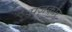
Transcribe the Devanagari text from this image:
मज़कोर